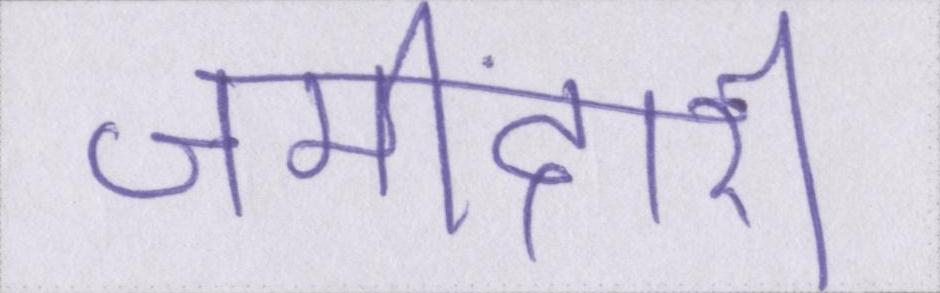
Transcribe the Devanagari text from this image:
जमींदारी